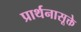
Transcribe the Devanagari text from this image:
प्रार्थनासूक्ते